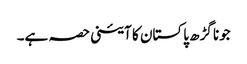
جونا گڑھ پاکستان کا آئینی حصہ ہے۔